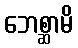
ဘေစ္ဆာမိ